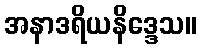
အနာဒရိယနိဒ္ဒေသ။